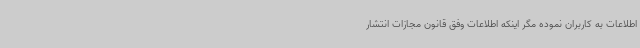
اطلاعات به کاربران نموده مگر اینکه اطلاعات وفق قانون مجازات انتشار